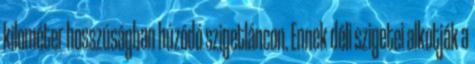
kilométer hosszúságban húzódó szigetláncon. Ennek déli szigetei alkotják a